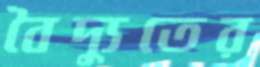
বৈদ্যুতের